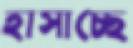
হাসাচ্ছে